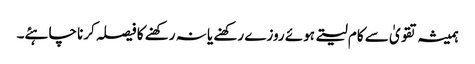
ہمیشہ تقویٰ سے کام لیتے ہوئے روزے رکھنے یا نہ رکھنے کا فیصلہ کرنا چاہئے۔